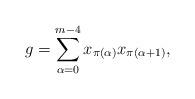
LaTeX: \begin{align*} g=\sum_{\alpha=0}^{m-4} x_{\pi(\alpha)} x_{\pi(\alpha+1)},\end{align*}